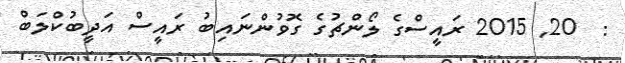
:  20